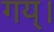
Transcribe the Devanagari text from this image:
गय्।